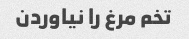
تخم مرغ را نیاوردن